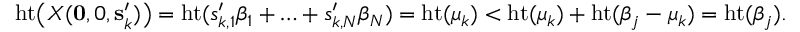
\mathrm { h t } \bigl ( X ( \mathbf { 0 } , 0 , \mathbf { s } _ { k } ^ { \prime } ) \bigr ) = \mathrm { h t } ( s _ { k , 1 } ^ { \prime } \beta _ { 1 } + \ldots + s _ { k , N } ^ { \prime } \beta _ { N } ) = \mathrm { h t } ( \mu _ { k } ) < \mathrm { h t } ( \mu _ { k } ) + \mathrm { h t } ( \beta _ { j } - \mu _ { k } ) = \mathrm { h t } ( \beta _ { j } ) .